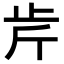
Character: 𣥍